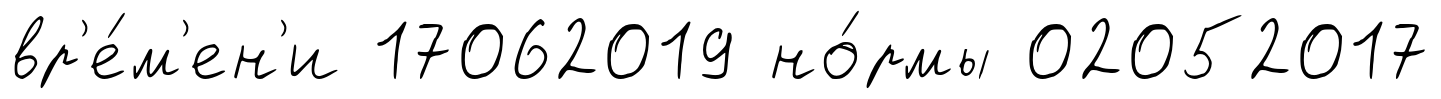
вр'е́м'ен'и 17062019 но́рмы 02052017